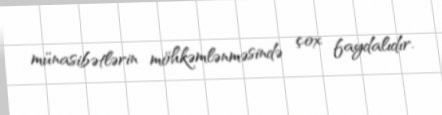
münasibətlərin möhkəmlənməsində çox faydalıdır.